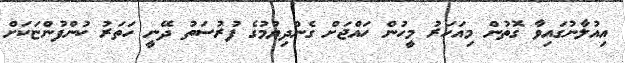
އިއުލާނުގައިވާ ގޮތުން މިއަހަރު މީހުން ހައްޖަށް ގެންދިޔުމުގެ ފުރުސަތު ދޭނީ ހަތަރު ކުންފުންޏަކަށް